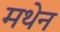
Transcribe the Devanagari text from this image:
मथेन